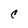
Character: C